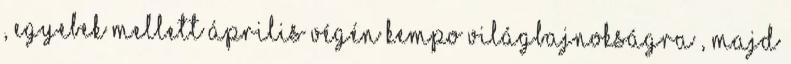
, egyebek mellett április végén Kempo Világbajnokságra , majd